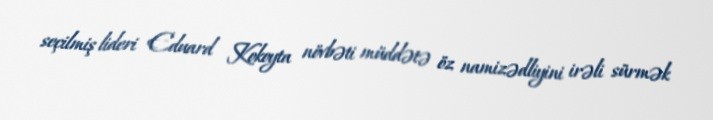
seçilmiş lideri Eduard Kokoyta növbəti müddətə öz namizədliyini irəli sürmək